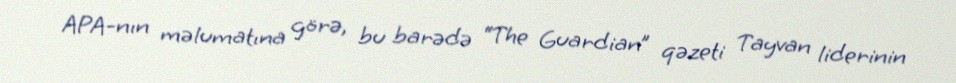
APA-nın məlumatına görə, bu barədə “The Guardian” qəzeti Tayvan liderinin